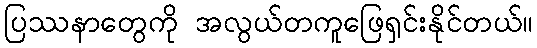
ပြဿနာတွေကို အလွယ်တကူဖြေရှင်းနိုင်တယ်။